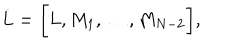
LaTeX: \dot { L } = \biggl \lbrack L , M _ { 1 } , \dots , M _ { N - 2 } \biggl \rbrack ,